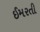
ઈમરતી